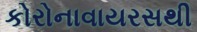
કોરોનાવાયરસથી